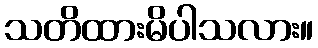
သတိထားမိပါသလား။